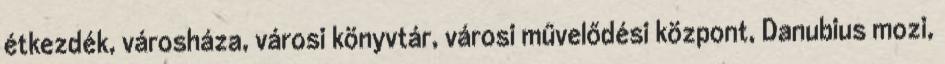
étkezdék, városháza, városi könyvtár, városi művelődési központ, Danubius mozi,